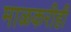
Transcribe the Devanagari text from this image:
माळकरीही